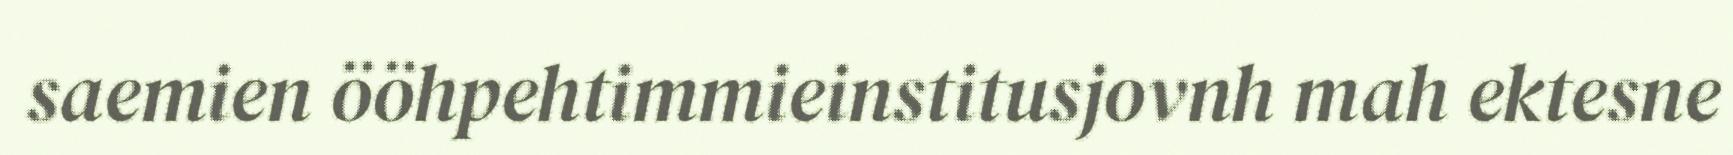
saemien ööhpehtimmieinstitusjovnh mah ektesne